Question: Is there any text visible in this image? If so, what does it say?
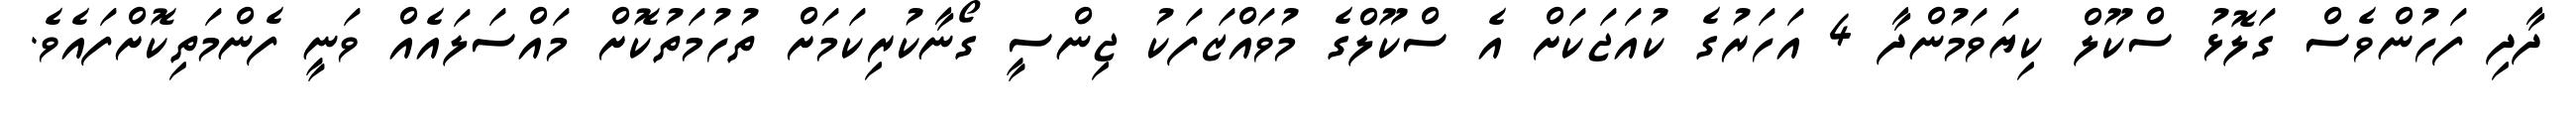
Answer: ދާދި ފަހުންވެސް ގަލޮޅު ސްކޫލް ކިޔަވަމުންދާ 4 އަހަރުގެ ކުއަޖަކަށް އެ ސްކޫލްގެ މުވައްޒަފަކު ޖިންސީ ގޯނާކުރިކަމަށް ތުހުމަތުކޮށް މައްސަލައެއް ވަނީ ފެންމަތިކޮށްފައެވެ.